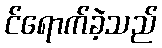
င်ရောက်ခဲ့သည်